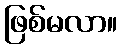
ဖြစ်မလာ။